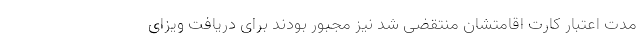
مدت اعتبار کارت اقامتشان منتقضی شد نیز مجبور بودند برای دریافت ویزای